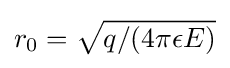
r_{0}={\sqrt {q/(4\pi \epsilon E)}}